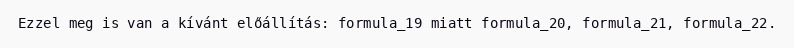
Ezzel meg is van a kívánt előállítás: formula_19 miatt formula_20, formula_21, formula_22.